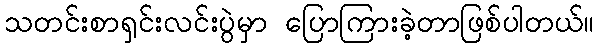
သတင်းစာရှင်းလင်းပွဲမှာ ပြောကြားခဲ့တာဖြစ်ပါတယ်။